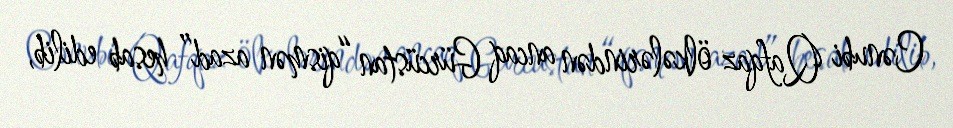
Cənubi Qafqaz ölkələrindən ancaq Gürcüstan “qismən azad” hesab edilib,